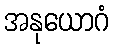
အနုယောဂံ